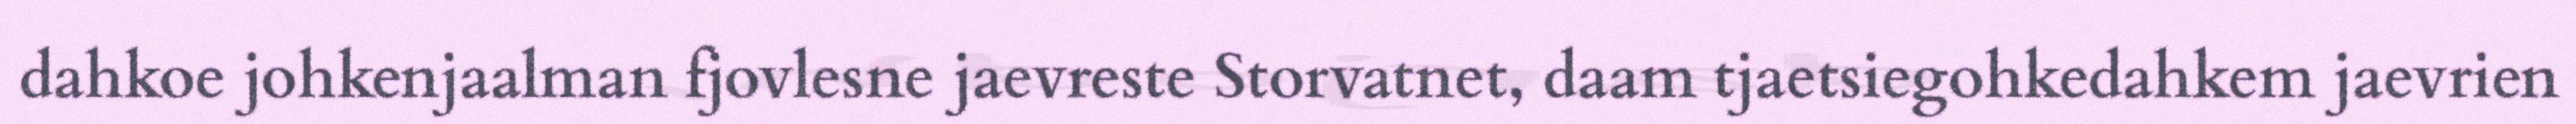
dahkoe johkenjaalman fjovlesne jaevreste Storvatnet, daam tjaetsiegohkedahkem jaevrien